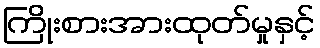
ကြိုးစားအားထုတ်မှုနှင့်